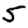
Digit: 5